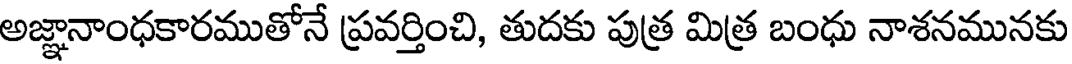
అజ్ఞానాంధకారముతోనే ప్రవర్తించి, తుదకు పుత్ర మిత్ర బంధు నాశనమునకు